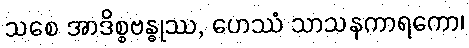
သစေ အာဒိစ္စဗန္ဓုဿ, ဟေဿံ သာသနကာရကော၊